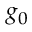
g _ { 0 }